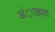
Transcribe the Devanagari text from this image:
अंाक़ाद